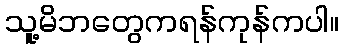
သူ့မိဘတွေကရန်ကုန်ကပါ။